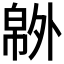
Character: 𰏝